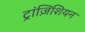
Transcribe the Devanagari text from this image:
ट्रांज़िशियन